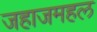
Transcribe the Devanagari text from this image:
जहाजमहल